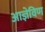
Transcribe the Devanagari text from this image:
आज्ञेविण